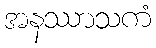
အနဿာသကံ